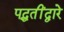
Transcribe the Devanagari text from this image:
पद्धतींद्वारे